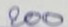
200